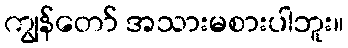
ကျွန်တော် အသားမစားပါဘူး။